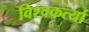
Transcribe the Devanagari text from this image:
विश्वकर्त्या